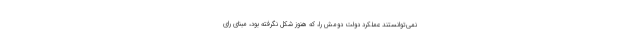
نمی‌توانستند عملکرد دولت دومش را، که هنوز شکل نگرفته بود، مبنای رای